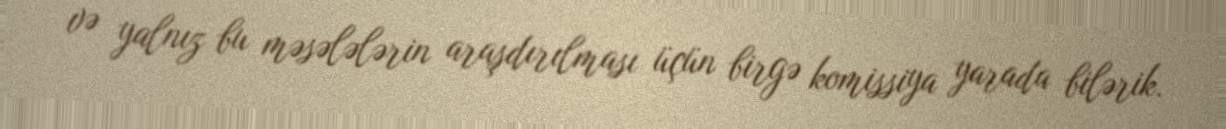
və yalnız bu məsələlərin araşdırılması üçün birgə komissiya yarada bilərik.